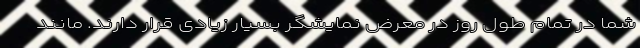
شما در تمام طول روز در معرض نمایشگر بسیار زیادی قرار دارند. مانند